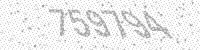
Solution: 759794